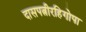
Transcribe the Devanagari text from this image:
दासपत्नीरहिगोपा